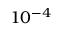
1 0 ^ { - 4 }